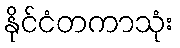
နိုင်ငံတကာသုံး